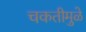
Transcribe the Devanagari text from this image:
चकतीमुळे